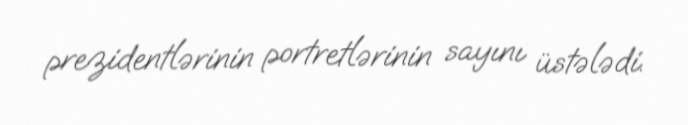
prezidentlərinin portretlərinin sayını üstələdi.